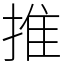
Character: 推